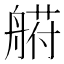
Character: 𰰐